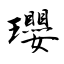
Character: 瓔